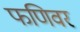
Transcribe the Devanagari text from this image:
फणिवर